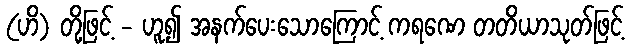
(ဟိ) တို့ဖြင့် - ဟူ၍ အနက်ပေးသောကြောင့် ကရဏေ တတိယာသုတ်ဖြင့်